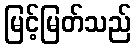
မြင့်မြတ်သည်